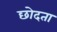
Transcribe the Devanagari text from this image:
छोदता